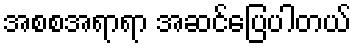
အစစအရာရာ အဆင်ပြေပါတယ်